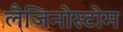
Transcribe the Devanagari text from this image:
लैजिनोस्टोम